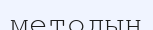
методын